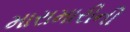
મારામારીની